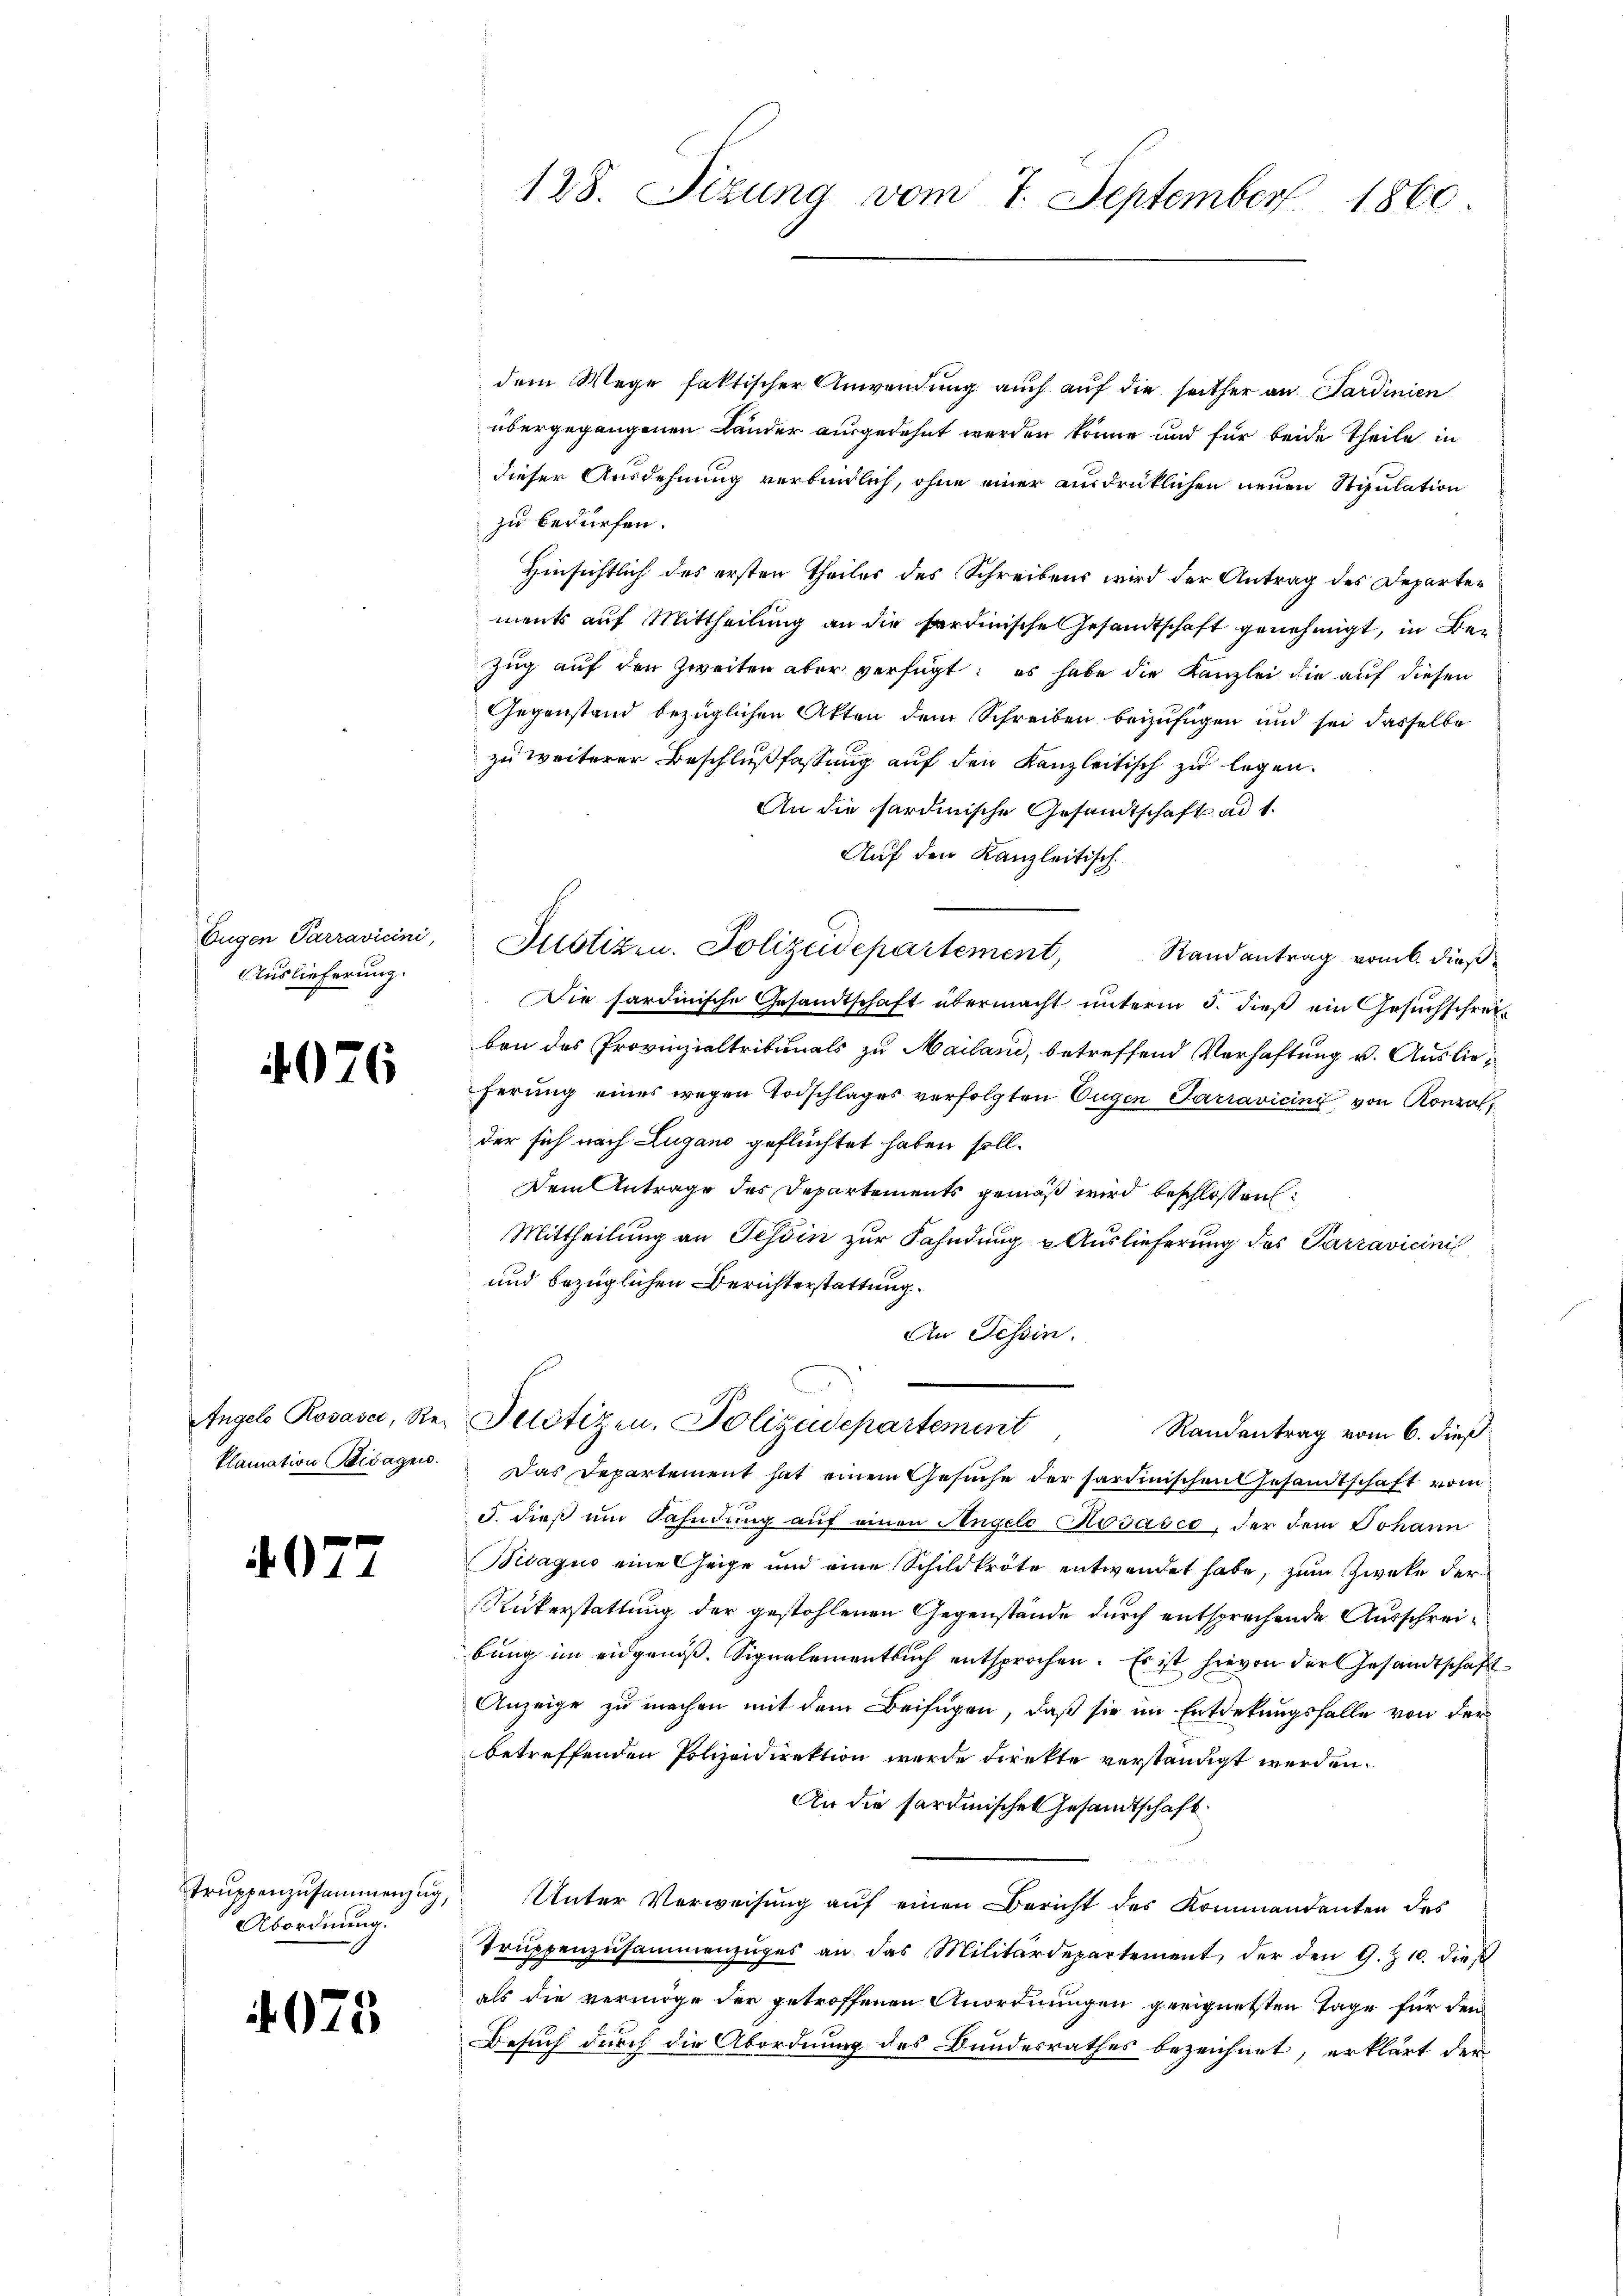
Eugen Parravicini,
Auslieferung.

)

07

76

klamation Bisagen.

7

Abordnung.

4075

128. Sizung vom 7. September 1860

dem Wege faktischer Anwendung auch auf die seither an Sardinien
übergegangenen Länder ausgedehnt werden könne und für beide Theile in
dieser Ausdehnung verbindlich, ohne einer ausdrücklichen neuen Stipulation
zu bedürfen.
Hinsichtlich des ersten Theiles des Schreibens wird der Antrag des Departements auf Mittheilung an die Sardinische Gesandtschaft genehmigt, in Be¬
Zug auf den Zweiten aber verfügt: es habe die Kanzlei die auf diesen
Gegenstand bezüglichen Akten dem Schreiben beizufügen und sei dasselbe
zu weiterer Beschlußfassung auf den Kanzleitisch zu legen.
An die hardinische Gesandtschaft ad 1.
Auf den Kanzleitisch.
Justizen. Polizeidepartement,
Randantrag vom 6. dieß
Die sardinische Gesandtschaft übermacht unterm 5. dieß ein Gesuchschreiben des Provinzialtribunals zu Mailand, betreffend Verhaftung v. Auslieferung eines wegen Todschlages verfolgten Eugen Parravicini von Konz
der sich nach Lugano geflüchtet haben soll.
Dem Antrage des Departements gemäß wird beschlossen:
Mittheilung an Tessin zur Fahndung u Auslieferung des Parravicinis
und bezüglichen Berichterstattung.
An Tessin.

Angels Rosase, Re Pilotizen, Polizadepartement
Randantrag vom 6. dieß

Das Departement hat einem Gesuche der sardinischen Gesandtschaft vom
3. dieß um Fahndung auf einen Angeld Rosasco, der dem Johann
Bidaquo eine eige und eine Schildträte entwendet habe, zum Zwecke der
Rükerstattung der gestohlenen Gegenstände durch entsprechende Ausschreibung im eidgenöß. Signalementbuch entsprochen. Es ist hievon der Gesandtschaft
Anzeige zu machen mit dem Beifügen, daß sie im Entdekungsfalle von der
betreffenden Polizeidirektion werde direkte verständigt werden.
An die Sardinisches Gesandtschaft.
trŭppenzusammenzug, Unter Verweisŭng aŭf einen Bericht des Kommandanten des
Trŭppenzusammenzŭges an das Militärdepartement, der den 9. Z. 10. dieß
als die vermöge der getroffenen Anordnungen geeignetsten Tage für den
Besuch durch die Abordnung des Bundesrathes bezeichnet, erklärt der